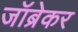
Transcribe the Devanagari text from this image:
जॉब्रेकर